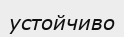
устойчиво